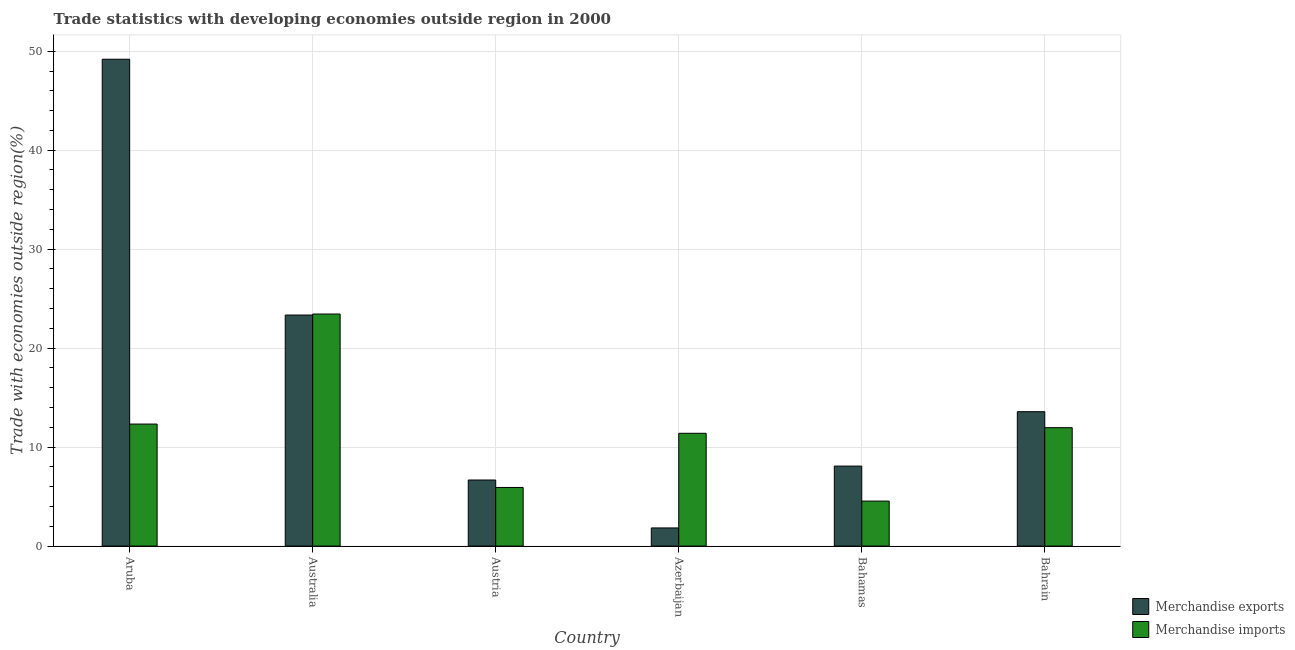
| Country | Merchandise exports | Merchandise imports |
 | --- | --- | --- |
 | Aruba | 49.2 | 12.3 |
 | Australia | 23.3 | 23.4 |
 | Austria | 6.68 | 5.92 |
 | Azerbaijan | 1.84 | 11.4 |
 | Bahamas | 8.08 | 4.55 |
 | Bahrain | 13.6 | 12 |